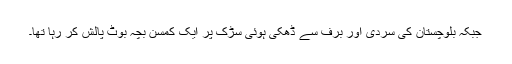
جبکہ بلوچستان کی سردی اور برف سے ڈھکی ہوئی سڑک پر ایک کمسن بچہ بوٹ پالش کر رہا تھا۔